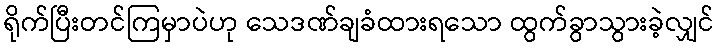
ရိုက်ပြီးတင်ကြမှာပဲဟု သေဒဏ်ချခံထားရသော ထွက်ခွာသွားခဲ့လျှင်